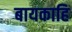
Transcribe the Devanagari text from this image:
बायकाहि